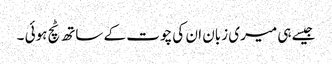
جیسے ہی میری زبان ان کی چوت کے ساتھ ٹچ ہوئی ۔